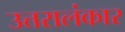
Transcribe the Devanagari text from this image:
उत्तरालंकार